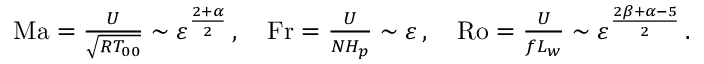
\begin{array} { r } { \mathrm { M a } = \frac { U } { \sqrt { R T _ { 0 0 } } } \sim { \varepsilon } ^ { \frac { 2 + \alpha } { 2 } } \, , \quad \mathrm { F r } = \frac { U } { N H _ { p } } \sim { \varepsilon } \, , \quad \mathrm { R o } = \frac { U } { f L _ { w } } \sim { \varepsilon } ^ { \frac { 2 \beta + \alpha - 5 } { 2 } } \, . } \end{array}